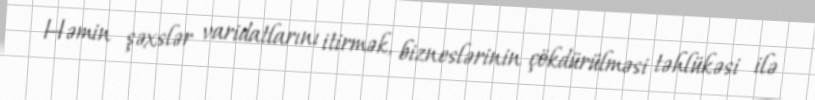
Həmin şəxslər varidatlarını itirmək, bizneslərinin çökdürülməsi təhlükəsi ilə